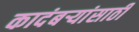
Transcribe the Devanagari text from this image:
कादंबऱ्यांसाठी